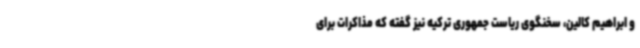
و ابراهیم کالین، سخنگوی ریاست جمهوری ترکیه نیز گفته که مذاکرات برای